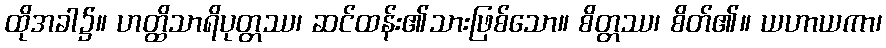
ထိုအခါ၌။ ဟတ္ထိသာရိပုတ္တဿ၊ ဆင်ထန်း၏သားဖြစ်သော။ စိတ္တဿ၊ စိတ်၏။ ယဟာယကာ၊